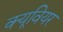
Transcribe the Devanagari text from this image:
क्यूवियर